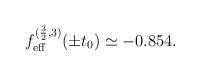
LaTeX: \begin{align*}f_{\mathrm{eff}}^{(\frac{3}{2},3)}(\pm t_0)\simeq -0.854.\end{align*}